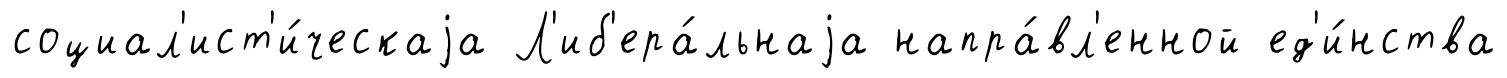
социал'ист'и́ческаjа Л'иб'ера́льнаjа напра́вл'енной ед'и́нства